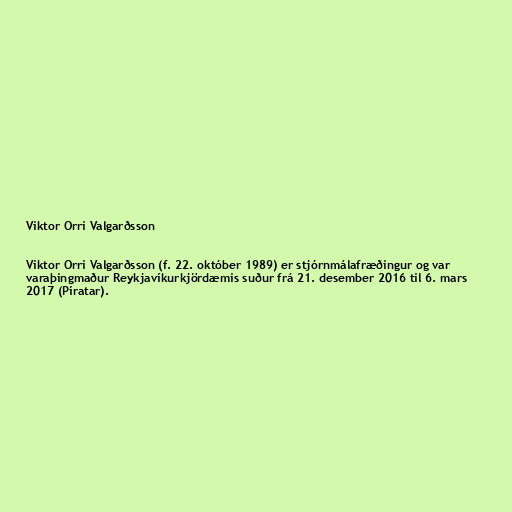
Viktor Orri Valgarðsson

Viktor Orri Valgarðsson (f. 22. október 1989) er stjórnmálafræðingur og var
varaþingmaður Reykjavíkurkjördæmis suður frá 21. desember 2016 til 6. mars
2017 (Píratar).